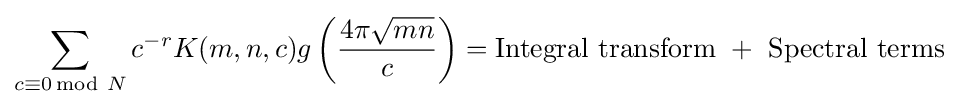
\sum _{c\equiv 0\,{\text{mod}}\ N}c^{-r}K(m,n,c)g\left({\frac {4\pi {\sqrt {mn}}}{c}}\right)={\text{Integral transform}}\ +\ {\text{Spectral terms}}